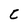
Character: C